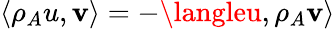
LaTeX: \langle\rho_{A}u,\mathbf{v}\rangle=-\langleu,\rho_{A}\mathbf{v}\rangle